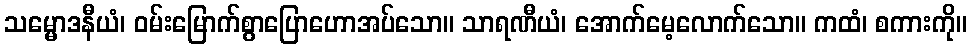
သမ္မောဒနီယံ၊ ဝမ်းမြောက်စွာပြောဟောအပ်သော။ သာရဏီယံ၊ အောက်မေ့လောက်သော။ ကထံ၊ စကားကို။